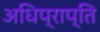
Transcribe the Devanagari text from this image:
अधिप्राप्‍ति